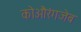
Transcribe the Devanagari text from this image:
कोऔरंगजेब